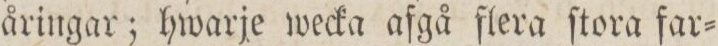
åringar; hwarje wecka afgå flera ſtora far=